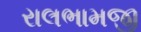
રાલભામજી